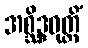
အစ္ဆိဒ္ဒဝုတ္တိံ